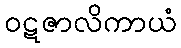
ဝဋဇာလိကာယံ